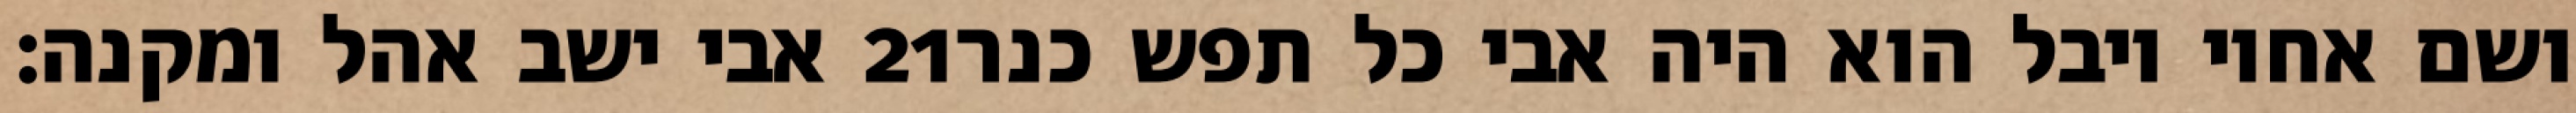
אבי ישב אהל ומקנה׃ ‎21‏ ושם אחיו יובל הוא היה אבי כל תפש כנר